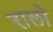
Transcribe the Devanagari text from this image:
रालो